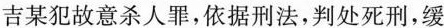
吉某犯故意杀人罪，依据刑法，判处死刑，缓